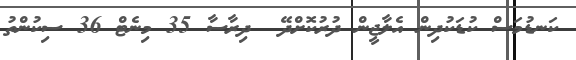
ކަނޑުމަސް ކުޑަކުދިން އެލާޖީން ދުރުކޮށްދޭ  ދިރާސާ 35 މިނެޓް 36 ސިކުންތު